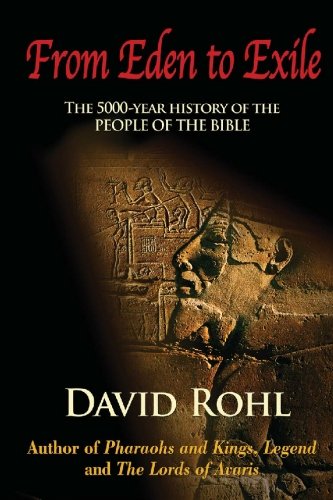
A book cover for From Eden to Exile: The Five-Thousand-Year History of the People of the Bible; David Rohl; History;